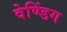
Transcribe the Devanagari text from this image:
वेण्डिंग